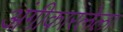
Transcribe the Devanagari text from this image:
अंगीकारलेला